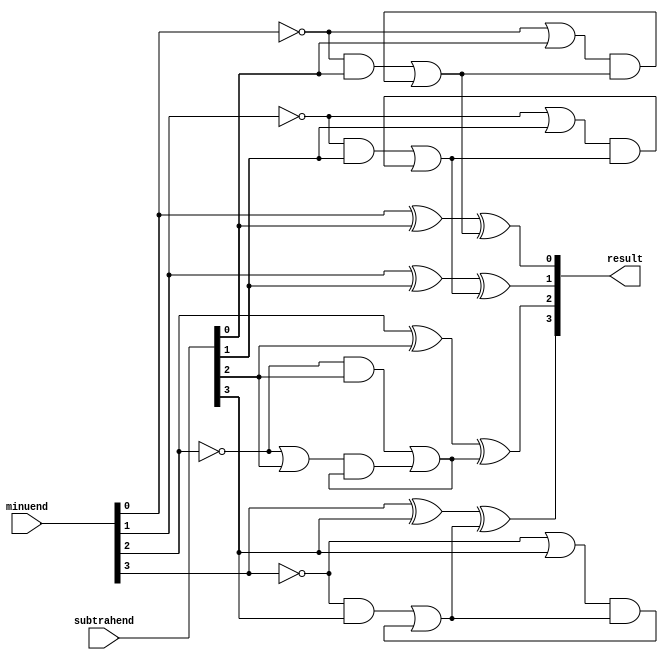
module subtractor(input [3:0] minuend, input [3:0] subtrahend, output reg [3:0] result);

  reg [3:0] borrow;
  
  always @* begin
    result[0] = minuend[0] ^ subtrahend[0] ^ borrow[0];
    result[1] = minuend[1] ^ subtrahend[1] ^ borrow[1];
    result[2] = minuend[2] ^ subtrahend[2] ^ borrow[2];
    result[3] = minuend[3] ^ subtrahend[3] ^ borrow[3];
    
    borrow[0] = (~minuend[0] & subtrahend[0]) | ((~minuend[0] | subtrahend[0]) & borrow[0]);
    borrow[1] = (~minuend[1] & subtrahend[1]) | ((~minuend[1] | subtrahend[1]) & borrow[1]);
    borrow[2] = (~minuend[2] & subtrahend[2]) | ((~minuend[2] | subtrahend[2]) & borrow[2]);
    borrow[3] = (~minuend[3] & subtrahend[3]) | ((~minuend[3] | subtrahend[3]) & borrow[3]);
  end

endmodule